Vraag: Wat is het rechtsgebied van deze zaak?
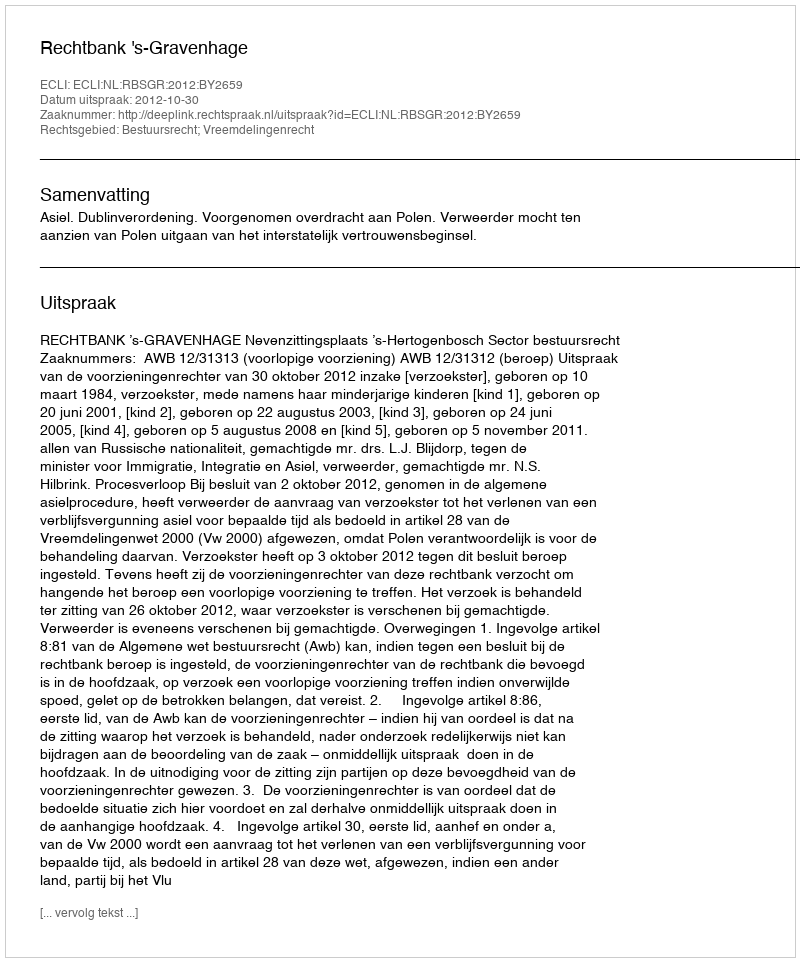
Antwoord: Bestuursrecht; Vreemdelingenrecht